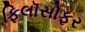
ફિલૉસોફર